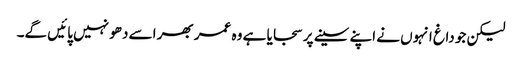
لیکن جو داغ انہوں نے اپنے سینے پر سجایا ہے وہ عمر بھر اسے دھو نہیں پائیں گے۔